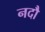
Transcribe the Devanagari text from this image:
नदौ